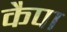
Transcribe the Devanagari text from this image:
कैपा